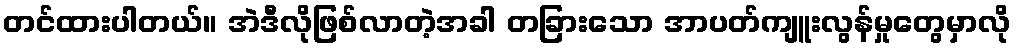
တင်ထားပါတယ်။ အဲဒီလိုဖြစ်လာတဲ့အခါ တခြားသော အာပတ်ကျူးလွန်မှုတွေမှာလို